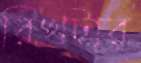
রিখটার